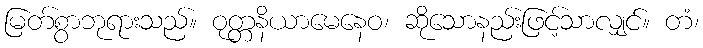
မြတ်စွာဘုရားသည်။ ဝုတ္တနိယာမေနေဝ၊ ဆိုသောနည်းဖြင့်သာလျှင်။ တံ၊